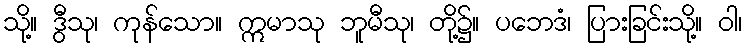
သို့။ ဒွီသု၊ ကုန်သော။ ဣမာသု ဘူမီသု၊ တို့၌။ ပဘေဒံ၊ ပြားခြင်းသို့။ ဝါ၊